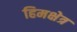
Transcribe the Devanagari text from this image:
हिमक्षेत्र